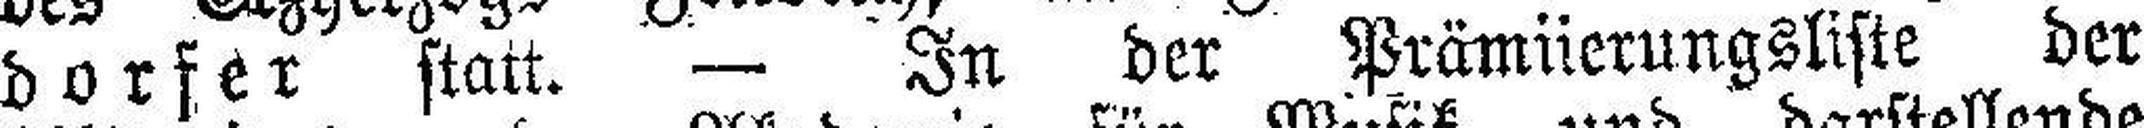
dorfer statt. — In der Prämüerungsliste der